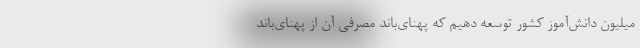
میلیون دانش‌آموز کشور توسعه دهیم که پهنای‌باند مصرفی آن از پهنای‌باند